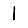
Digit: 1